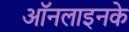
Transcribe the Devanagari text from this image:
ऑनलाइनके